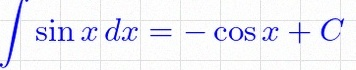
\int \sin x\,dx=-\cos x+C